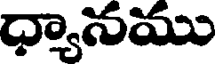
ధ్యానము